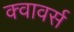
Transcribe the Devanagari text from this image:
क्वावर्स